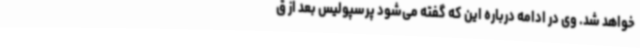
خواهد شد. وی در ادامه درباره این که گفته می‌شود پرسپولیس بعد از ق